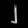
Digit: ၂